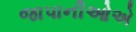
જાપાનીઓએ